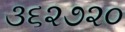
૩૬૨૭૨૦